Indian journal of veterinary science and animal husbandry - Volume 12,
Year: 1942
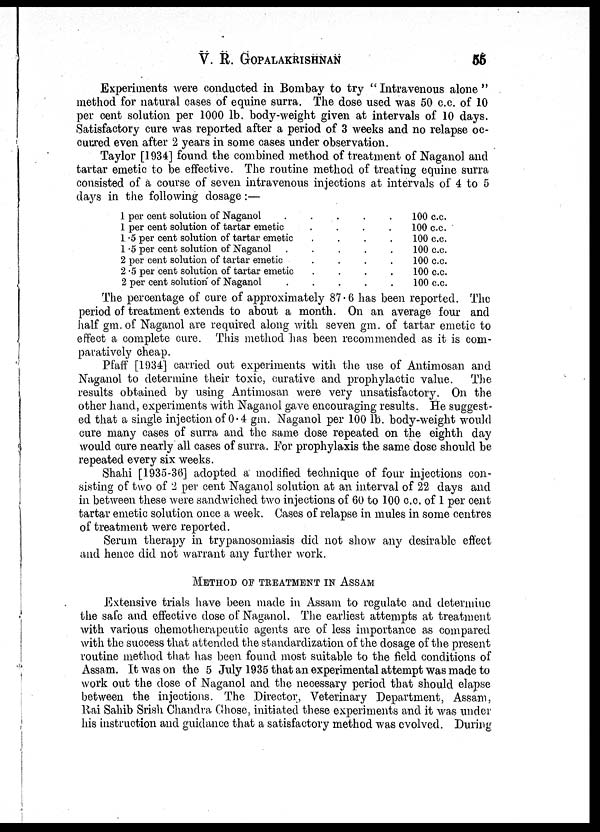
V. R. GOPALAKRISHNAN
55
Experiments were conducted in Bombay to try " Intravenous alone "
method for natural cases of equine surra. The dose used was 50 c.c. of 10
per cent solution per 1000 lb. body-weight given at intervals of 10 days.
Satisfactory cure was reported after a period of 3 weeks and no relapse oc-
curred even after 2 years in some cases under observation.
Taylor [1934] found the combined method of treatment of Naganol and
tartar emetic to be effective. The routine method of treating equine surra
consisted of a course of seven intravenous injections at intervals of 4 to 5
days in the following dosage:—
1 per cent solution of Naganol
....
1 per cent solution of tartar emetic ....
1.5 per cent solution of tartar emetic ....
1.5 per cent solution of Naganol
....
2 per cent solution of tartar emetic ....
2.5 per cent solution of tartar emetic ....
2 per cent solution of Naganol
....
100 c.c.
100 c.c.
100 c.c.
100 c.c.
100 c.c.
100 c.c.
100 c.c.
The percentage of cure of approximately 87.6 has been reported. The
period of treatment extends to about a month. On an average four and
half gm. of Naganol are required along with seven gm. of tartar emetic to
effect a complete cure. This method has been recommended as it is com¬
paratively cheap.
Pfaff [1934] carried out experiments with the use of Antimosan and
Naganol to determine their toxic, curative and prophylactic value.
The
results obtained by using Antimosan were very unsatisfactory. On the
other hand, experiments with Naganol gave encouraging results. He suggest-
ed that a single injection of 0.4 gm. Naganol per 100 lb. body-weight would
cure many cases of surra and the same dose repeated on the eighth day
would cure nearly all cases of surra. For prophylaxis the same dose should be
repeated every six weeks.
Shahi [1935-36] adopted a modified technique of four injections con-
sisting of two of 2 per cent Naganol solution at an interval of 22 days and
in between these were sandwiched two injections of 60 to 100 c.c. of 1 per cent
tartar emetic solution once a week. Cases of relapse in mules in some centres
of treatment were reported.
Serum therapy in trypanosomiasis did not show any desirable effect
and hence did not warrant any further work.
METHOD OF TREATMENT IN ASSAM
Extensive trials have been made in Assam to regulate and determine
the safe and effective dose of Naganol. The earliest attempts at treatment
with various chemotherapeutic agents are of less importance as compared
with the success that attended the standardization of the dosage of the present
routine method that has been found most suitable to the field conditions of
Assam. It was on the 5 July 1935 that an experimental attempt was made to
work out the dose of Naganol and the necessary period that should elapse
between the injections. The Director, Veterinary Department, Assam,
Rai Sahib Srish Chandra Ghose, initiated these experiments and it was under
his instruction and guidance that a satisfactory method was evolved. During